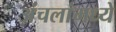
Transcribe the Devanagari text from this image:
अंचलांमध्ये